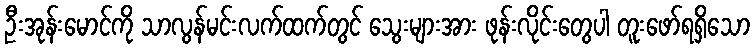
ဦးအုန်းမောင်ကို သာလွန်မင်းလက်ထက်တွင် သွေးများအား ဖုန်းလိုင်းတွေပါ တူးဖော်ရရှိသော